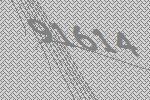
91614